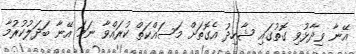
އޭނާ ވިދާޅުވި ގޮތުގައި ޝާހިދު އެގޮތަށް މަސައްކަތް ކުރައްވާ ނަމަ އޭނާ ބަދަލުކުރުމާ